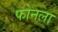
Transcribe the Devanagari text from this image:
फोनला